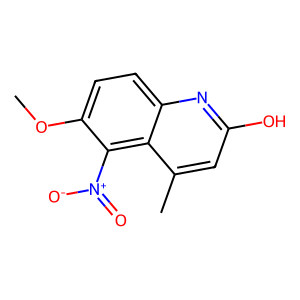
SMILES: COc1ccc2nc(O)cc(C)c2c1[N+](=O)[O-]
Inhibits HIV replication: No